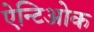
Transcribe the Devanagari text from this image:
ऐन्टिओक